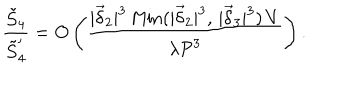
\frac { \tilde { S } _ { 4 } } { \tilde { S } _ { 4 } ^ { \prime } } = O \left( \frac { | \vec { \delta } _ { 2 } | ^ { 3 } \, \mathrm { M i n } ( | \vec { \delta } _ { 2 } | ^ { 3 } , \, | \vec { \delta } _ { 3 } | ^ { 3 } ) \, V } { \lambda { \cal P } ^ { 3 } } \right) .